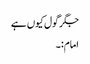
جگر گول کیوں ہے
امام:۔